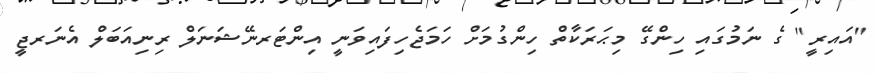
"އައިރީ" ގެ ނަމުގައި ހިންގޭ މިޙަރަކާތް ހިންގުމަށް ހަމަޖެހިފައިވަނީ އިންޓަރނޭޝަނަލް ރިނިއަބަލް އެނަރޖީ